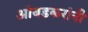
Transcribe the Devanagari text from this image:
आंबडकरांनी